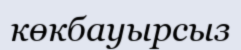
көкбауырсыз